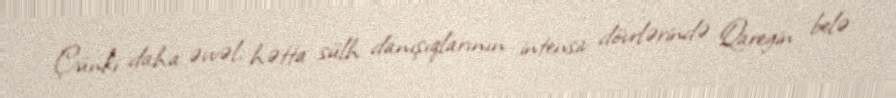
Çünki daha əvvəl, hətta sülh danışıqlarının intensiv dövrlərində Qaregin belə